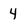
Character: 4